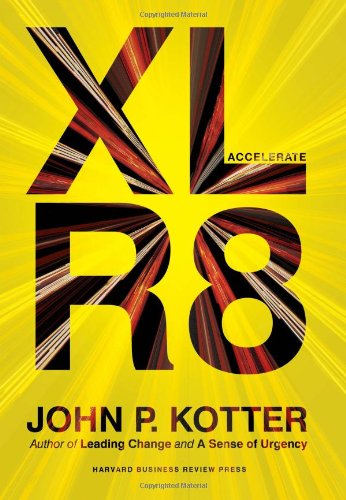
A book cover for Accelerate: Building Strategic Agility for a Faster-Moving World; John P. Kotter; Business & Money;